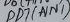
Text: PB7